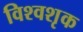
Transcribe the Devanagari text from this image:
विश्वशृक